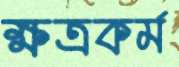
ক্ষত্রকর্ম